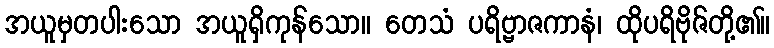
အယူမှတပါးသော အယူရှိကုန်သော။ တေသံ ပရိဗ္ဗာဇကာနံ၊ ထိုပရိဗိုဇ်တို့၏။